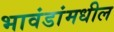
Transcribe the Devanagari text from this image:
भावंडांमधील